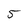
Character: 5